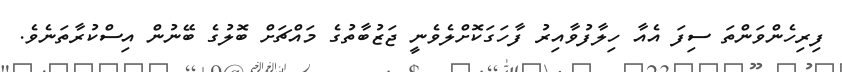
ފިރިހެންވަންތަ ސިފަ އެއާ ހިލާފުވާއިރު ފާހަގަކޮށްލެވެނީ ޖަޒުބާތުގެ މައްޗަށް ބޮލުގެ ބޭނުން އިސްކުރާތަނެވެ.